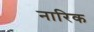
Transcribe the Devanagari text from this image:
नारिक